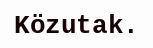
Közutak.